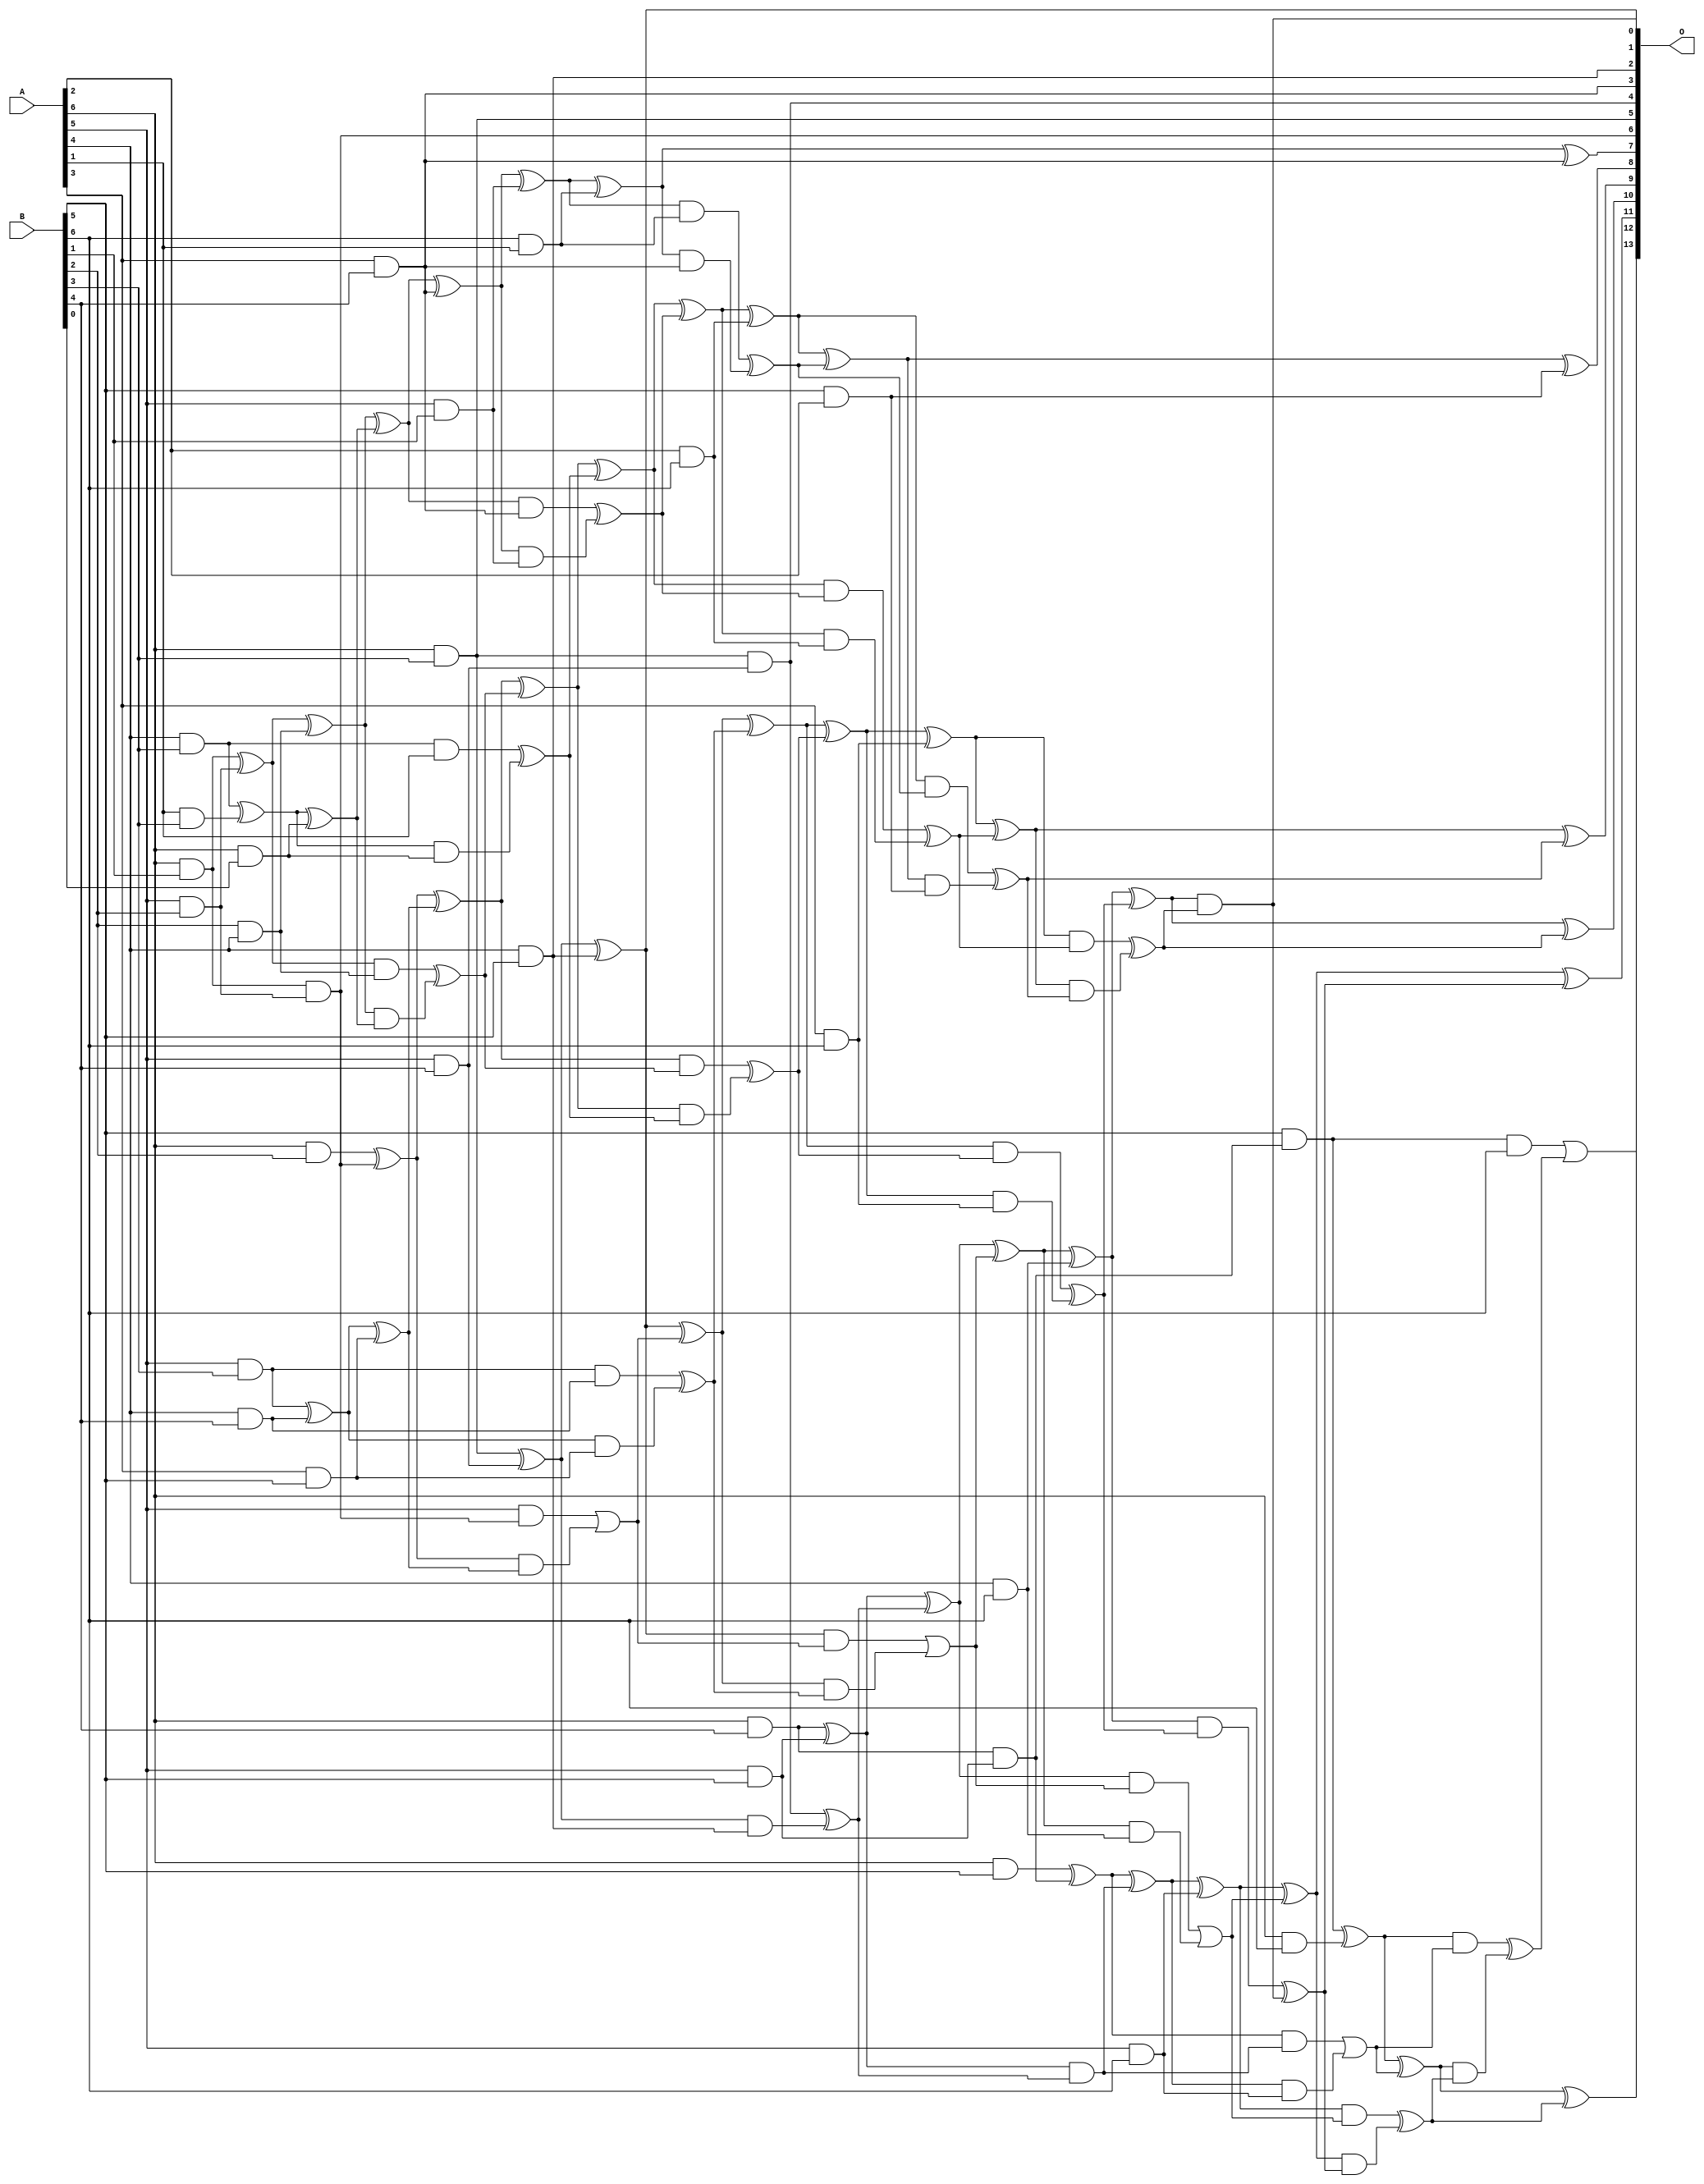
/***
* This code is a part of EvoApproxLib library (ehw.fit.vutbr.cz/approxlib) distributed under The MIT License.
* When used, please cite the following article(s): V. Mrazek, S. S. Sarwar, L. Sekanina, Z. Vasicek and K. Roy, "Design of power-efficient approximate multipliers for approximate artificial neural networks," 2016 IEEE/ACM International Conference on Computer-Aided Design (ICCAD), Austin, TX, 2016, pp. 1-7. doi: 10.1145/2966986.2967021 
* This file contains a circuit from a sub-set of pareto optimal circuits with respect to the pwr and mre parameters
***/
// MAE% = 0.45 %
// MAE = 74 
// WCE% = 1.92 %
// WCE = 314 
// WCRE% = 700.00 %
// EP% = 97.31 %
// MRE% = 8.23 %
// MSE = 8544 
// PDK45_PWR = 0.152 mW
// PDK45_AREA = 295.7 um2
// PDK45_DELAY = 1.05 ns


module mul7u_0GG(A, B, O);
  input [6:0] A, B;
  output [13:0] O;
  wire [6:0] A, B;
  wire [13:0] O;
  wire sig_27, sig_33, sig_34, sig_39, sig_40, sig_45;
  wire sig_46, sig_47, sig_48, sig_51, sig_52, sig_54;
  wire sig_55, sig_57, sig_58, sig_59, sig_60, sig_61;
  wire sig_62, sig_89, sig_91, sig_103, sig_104, sig_105;
  wire sig_106, sig_107, sig_108, sig_109, sig_110, sig_111;
  wire sig_112, sig_113, sig_114, sig_116, sig_118, sig_119;
  wire sig_120, sig_143, sig_144, sig_145, sig_146, sig_147;
  wire sig_148, sig_149, sig_150, sig_151, sig_152, sig_166;
  wire sig_167, sig_168, sig_169, sig_170, sig_171, sig_172;
  wire sig_173, sig_174, sig_175, sig_176, sig_177, sig_178;
  wire sig_179, sig_180, sig_181, sig_182, sig_183, sig_184;
  wire sig_185, sig_195, sig_196, sig_197, sig_199, sig_200;
  wire sig_201, sig_202, sig_203, sig_204, sig_205, sig_206;
  wire sig_207, sig_208, sig_209, sig_210, sig_211, sig_212;
  wire sig_213, sig_214, sig_215, sig_216, sig_217, sig_218;
  wire sig_219, sig_220, sig_221, sig_233, sig_234, sig_235;
  wire sig_236, sig_238, sig_239, sig_240, sig_241, sig_243;
  wire sig_244, sig_245, sig_248, sig_249, sig_250, sig_251;
  wire sig_253, sig_254, sig_255, sig_256, sig_258;
  assign sig_27 = A[6] & B[1];
  assign sig_33 = A[5] & B[2];
  assign sig_34 = A[6] & B[2];
  assign sig_39 = A[4] & B[3];
  assign sig_40 = A[5] & B[3];
  assign O[5] = A[6] & B[3];
  assign sig_45 = A[1] & B[3];
  assign sig_46 = A[4] & B[4];
  assign sig_47 = A[5] & B[4];
  assign sig_48 = A[6] & B[4];
  assign sig_51 = A[6] & B[0];
  assign sig_52 = A[3] & B[5];
  assign O[2] = A[4] & B[5];
  assign sig_54 = A[5] & B[5];
  assign sig_55 = A[6] & B[5];
  assign sig_57 = A[3] & B[4];
  assign sig_58 = A[2] & B[6];
  assign sig_59 = A[3] & B[6];
  assign sig_60 = A[4] & B[6];
  assign sig_61 = A[5] & B[6];
  assign sig_62 = A[6] & B[6];
  assign sig_89 = B[2] & A[4];
  assign O[6] = sig_27 & sig_33;
  assign sig_91 = sig_27 ^ sig_33;
  assign sig_103 = A[5] & B[1];
  assign sig_104 = sig_39 ^ sig_45;
  assign sig_105 = sig_39 & A[1];
  assign sig_106 = sig_104 & sig_51;
  assign sig_107 = sig_104 ^ sig_51;
  assign sig_108 = sig_105 ^ sig_106;
  assign sig_109 = sig_40 ^ sig_46;
  assign sig_110 = sig_40 & sig_46;
  assign sig_111 = sig_109 & sig_52;
  assign sig_112 = sig_109 ^ sig_52;
  assign sig_113 = sig_110 ^ sig_111;
  assign sig_114 = O[5] ^ sig_47;
  assign O[4] = O[5] & sig_47;
  assign sig_116 = sig_114 & O[2];
  assign O[1] = sig_114 ^ O[2];
  assign sig_118 = O[4] ^ sig_116;
  assign sig_119 = sig_48 & sig_54;
  assign sig_120 = sig_48 ^ sig_54;
  assign O[3] = B[4] & A[3];
  assign sig_143 = sig_91 ^ sig_89;
  assign sig_144 = sig_91 & sig_89;
  assign sig_145 = sig_143 & sig_107;
  assign sig_146 = sig_143 ^ sig_107;
  assign sig_147 = sig_144 ^ sig_145;
  assign sig_148 = sig_34 ^ O[6];
  assign sig_149 = A[5] & O[6];
  assign sig_150 = sig_148 & sig_112;
  assign sig_151 = sig_148 ^ sig_112;
  assign sig_152 = sig_149 | sig_150;
  assign sig_166 = B[6] & A[1];
  assign sig_167 = sig_146 ^ O[3];
  assign sig_168 = sig_146 & O[3];
  assign sig_169 = sig_167 & sig_103;
  assign sig_170 = sig_167 ^ sig_103;
  assign sig_171 = sig_168 ^ sig_169;
  assign sig_172 = sig_151 ^ sig_147;
  assign sig_173 = sig_151 & sig_147;
  assign sig_174 = sig_172 & sig_108;
  assign sig_175 = sig_172 ^ sig_108;
  assign sig_176 = sig_173 ^ sig_174;
  assign sig_177 = O[1] ^ sig_152;
  assign sig_178 = O[1] & sig_152;
  assign sig_179 = sig_177 & sig_113;
  assign sig_180 = sig_177 ^ sig_113;
  assign sig_181 = sig_178 | sig_179;
  assign sig_182 = sig_120 & sig_118;
  assign sig_183 = sig_120 ^ sig_118;
  assign sig_184 = B[5] & sig_119;
  assign sig_185 = sig_55 ^ sig_119;
  assign sig_195 = sig_170 ^ sig_166;
  assign sig_196 = sig_170 & sig_166;
  assign sig_197 = sig_195 & sig_57;
  assign O[7] = sig_195 ^ sig_57;
  assign sig_199 = sig_196 ^ sig_197;
  assign sig_200 = sig_175 ^ sig_171;
  assign sig_201 = sig_175 & sig_171;
  assign sig_202 = sig_200 & sig_58;
  assign sig_203 = sig_200 ^ sig_58;
  assign sig_204 = sig_201 ^ sig_202;
  assign sig_205 = sig_180 ^ sig_176;
  assign sig_206 = sig_180 & sig_176;
  assign sig_207 = sig_205 & sig_59;
  assign sig_208 = sig_205 ^ sig_59;
  assign sig_209 = sig_206 ^ sig_207;
  assign sig_210 = sig_183 ^ sig_181;
  assign sig_211 = sig_183 & sig_181;
  assign sig_212 = sig_210 & sig_60;
  assign sig_213 = sig_210 ^ sig_60;
  assign sig_214 = sig_211 | sig_212;
  assign sig_215 = sig_185 ^ sig_182;
  assign sig_216 = sig_185 & sig_182;
  assign sig_217 = sig_215 & sig_61;
  assign sig_218 = sig_215 ^ sig_61;
  assign sig_219 = sig_216 | sig_217;
  assign sig_220 = sig_184 & B[6];
  assign sig_221 = sig_184 ^ sig_62;
  assign sig_233 = B[5] & A[2];
  assign sig_234 = sig_203 ^ sig_199;
  assign sig_235 = sig_203 & sig_199;
  assign sig_236 = sig_234 & sig_233;
  assign O[8] = sig_234 ^ sig_233;
  assign sig_238 = sig_235 ^ sig_236;
  assign sig_239 = sig_208 ^ sig_204;
  assign sig_240 = sig_208 & sig_204;
  assign sig_241 = sig_239 & sig_238;
  assign O[9] = sig_239 ^ sig_238;
  assign sig_243 = sig_240 ^ sig_241;
  assign sig_244 = sig_213 ^ sig_209;
  assign sig_245 = sig_213 & sig_209;
  assign O[0] = sig_244 & sig_243;
  assign O[10] = sig_244 ^ sig_243;
  assign sig_248 = sig_245 ^ O[0];
  assign sig_249 = sig_218 ^ sig_214;
  assign sig_250 = sig_218 & sig_214;
  assign sig_251 = sig_249 & sig_248;
  assign O[11] = sig_249 ^ sig_248;
  assign sig_253 = sig_250 ^ sig_251;
  assign sig_254 = sig_221 ^ sig_219;
  assign sig_255 = sig_221 & sig_219;
  assign sig_256 = sig_254 & sig_253;
  assign O[12] = sig_254 ^ sig_253;
  assign sig_258 = sig_255 ^ sig_256;
  assign O[13] = sig_220 | sig_258;
endmodule